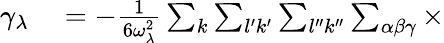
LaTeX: \begin{array}{rl}{\gamma_{\lambda}}&{{}=-\frac{1}{6\omega_{\lambda}^{2}}\sum_{k}\sum_{l^{\prime}k^{\prime}}\sum_{l^{\prime\prime}k^{\prime\prime}}\sum_{\alpha\beta\gamma}\times}\end{array}